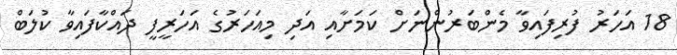
18 އަހަރު ފުރިފައިވާ މެންބަރުންނަށް ކަމަށާއި އަދި މިއަހަރުގެ އަހަރީފީ ދައްކާފައިވާ ކުލަބް